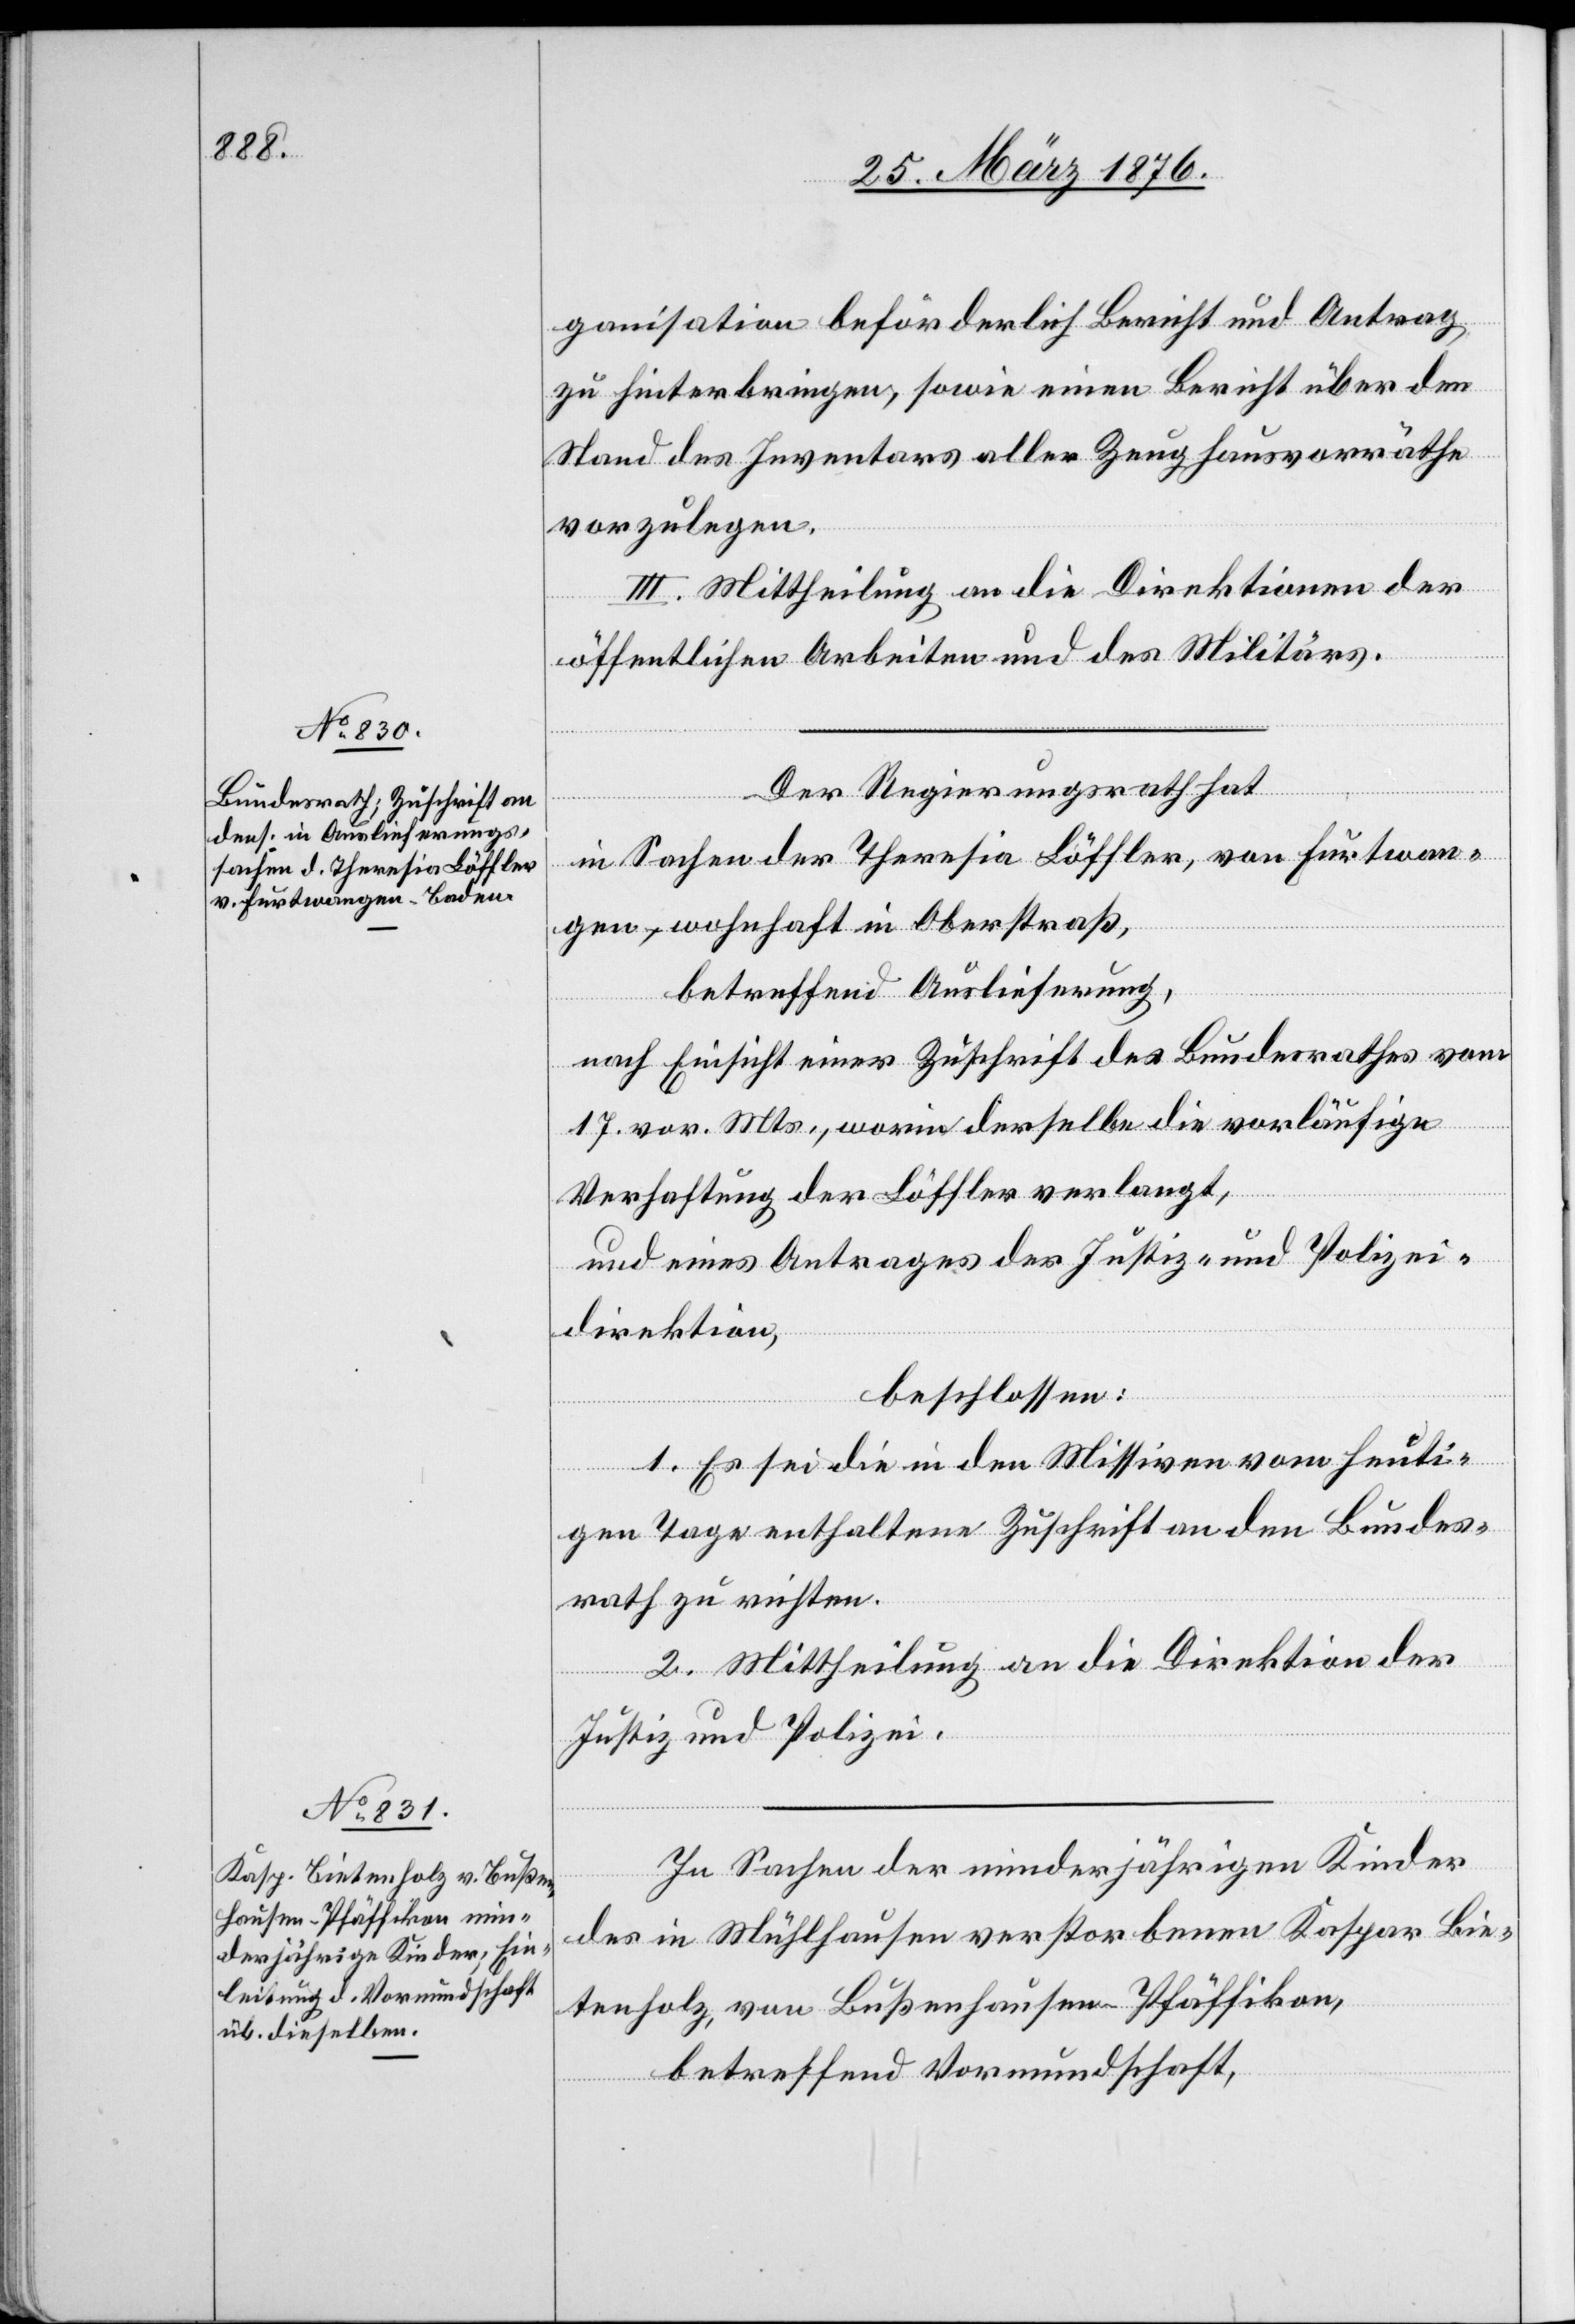
ganisation beförderlich Bericht und Antrag
zu hinterbringen, sowie einen Bericht über den
Stand des Inventars aller Zeughausvorräthe
vorzulegen.
III. Mittheilung an die Direktionen der
öffentlichen Arbeiten und des Militärs.
Der Regierungsrath hat
in Sachen der Theresia Löffler, von Furtwan¬
gen, wohnhaft in Oberstraß,
betreffend Auslieferung,
nach Einsicht einer Zuschrift des Bundesrathes vom
17. vor. Mts., worin derselbe die vorläufige
Verhaftung der Löffler verlangt,
und eines Antrages der Justiz- und Polizei¬
direktion,
beschlossen:
1. Es sei die in den Missiven vom heuti¬
gen Tage enthaltene Zuschrift an den Bundes¬
rath zu richten.
2. Mittheilung an die Direktion der
Justiz und Polizei.
In Sachen der minderjährigen Kinder
des in Mühlhausen verstorbenen Kaspar Bie¬
tenholz, von Bußenhausen - Pfäffikon,
betreffend Vormundschaft